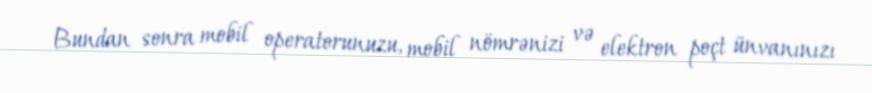
Bundan sonra mobil operatorunuzu, mobil nömrənizi və elektron poçt ünvanınızı